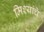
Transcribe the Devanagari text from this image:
मिश्यांचे